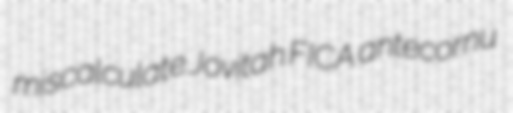
miscalculate Jovitah FICA antecornu